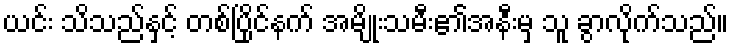
ယင်း သိသည်နှင့် တစ်ပြိုင်နက် အမျိုးသမီး၏အနီးမှ သူ ခွာလိုက်သည်။